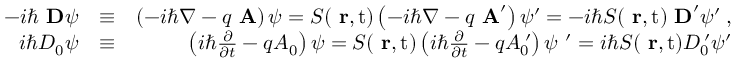
\begin{array} { r l r } { - i \hbar \mathrm { \bf ~ D } \psi } & { \equiv } & { \left( - i \hbar \nabla - q \mathrm { \bf ~ A } \right) \psi = S ( \mathrm { { \bf ~ r } , t } ) \left( - i \hbar \nabla - q \mathrm { \bf ~ A } ^ { \prime } \right) \psi ^ { \prime } = - i \hbar S ( \mathrm { { \bf ~ r } , t } ) \mathrm { \bf ~ D } ^ { \prime } \psi ^ { \prime } \; , } \\ { i \hbar D _ { 0 } \psi } & { \equiv } & { \left( i \hbar \frac { \partial } { \partial t } - q A _ { 0 } \right) \psi = S ( \mathrm { { \bf ~ r } , t } ) \left( i \hbar \frac { \partial } { \partial t } - q A _ { 0 } ^ { \; \prime } \right) \psi \ ^ { \prime } = i \hbar S ( \mathrm { { \bf ~ r } , t } ) D _ { 0 } ^ { \; \prime } \psi ^ { \prime } } \end{array}